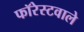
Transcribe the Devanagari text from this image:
फॉरेस्टवाले